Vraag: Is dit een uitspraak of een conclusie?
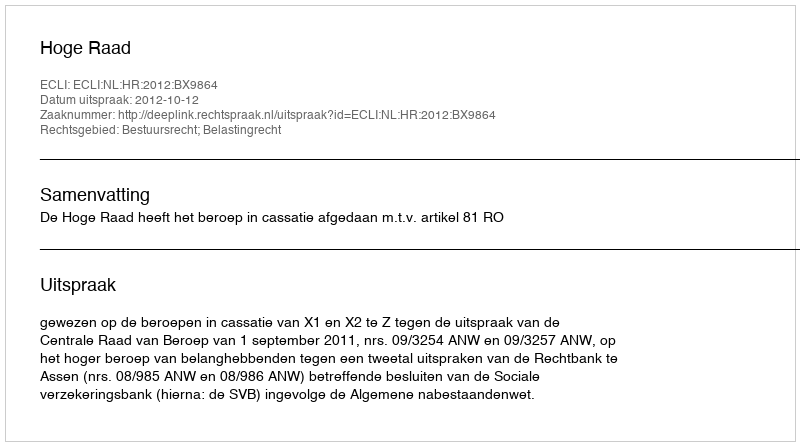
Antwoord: Uitspraak